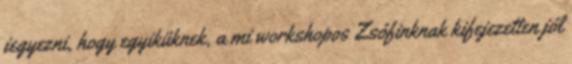
jegyezni, hogy egyiküknek, a mi workshopos Zsófinknak kifejezetten jól